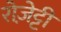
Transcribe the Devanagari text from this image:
रोज़ेट्टी